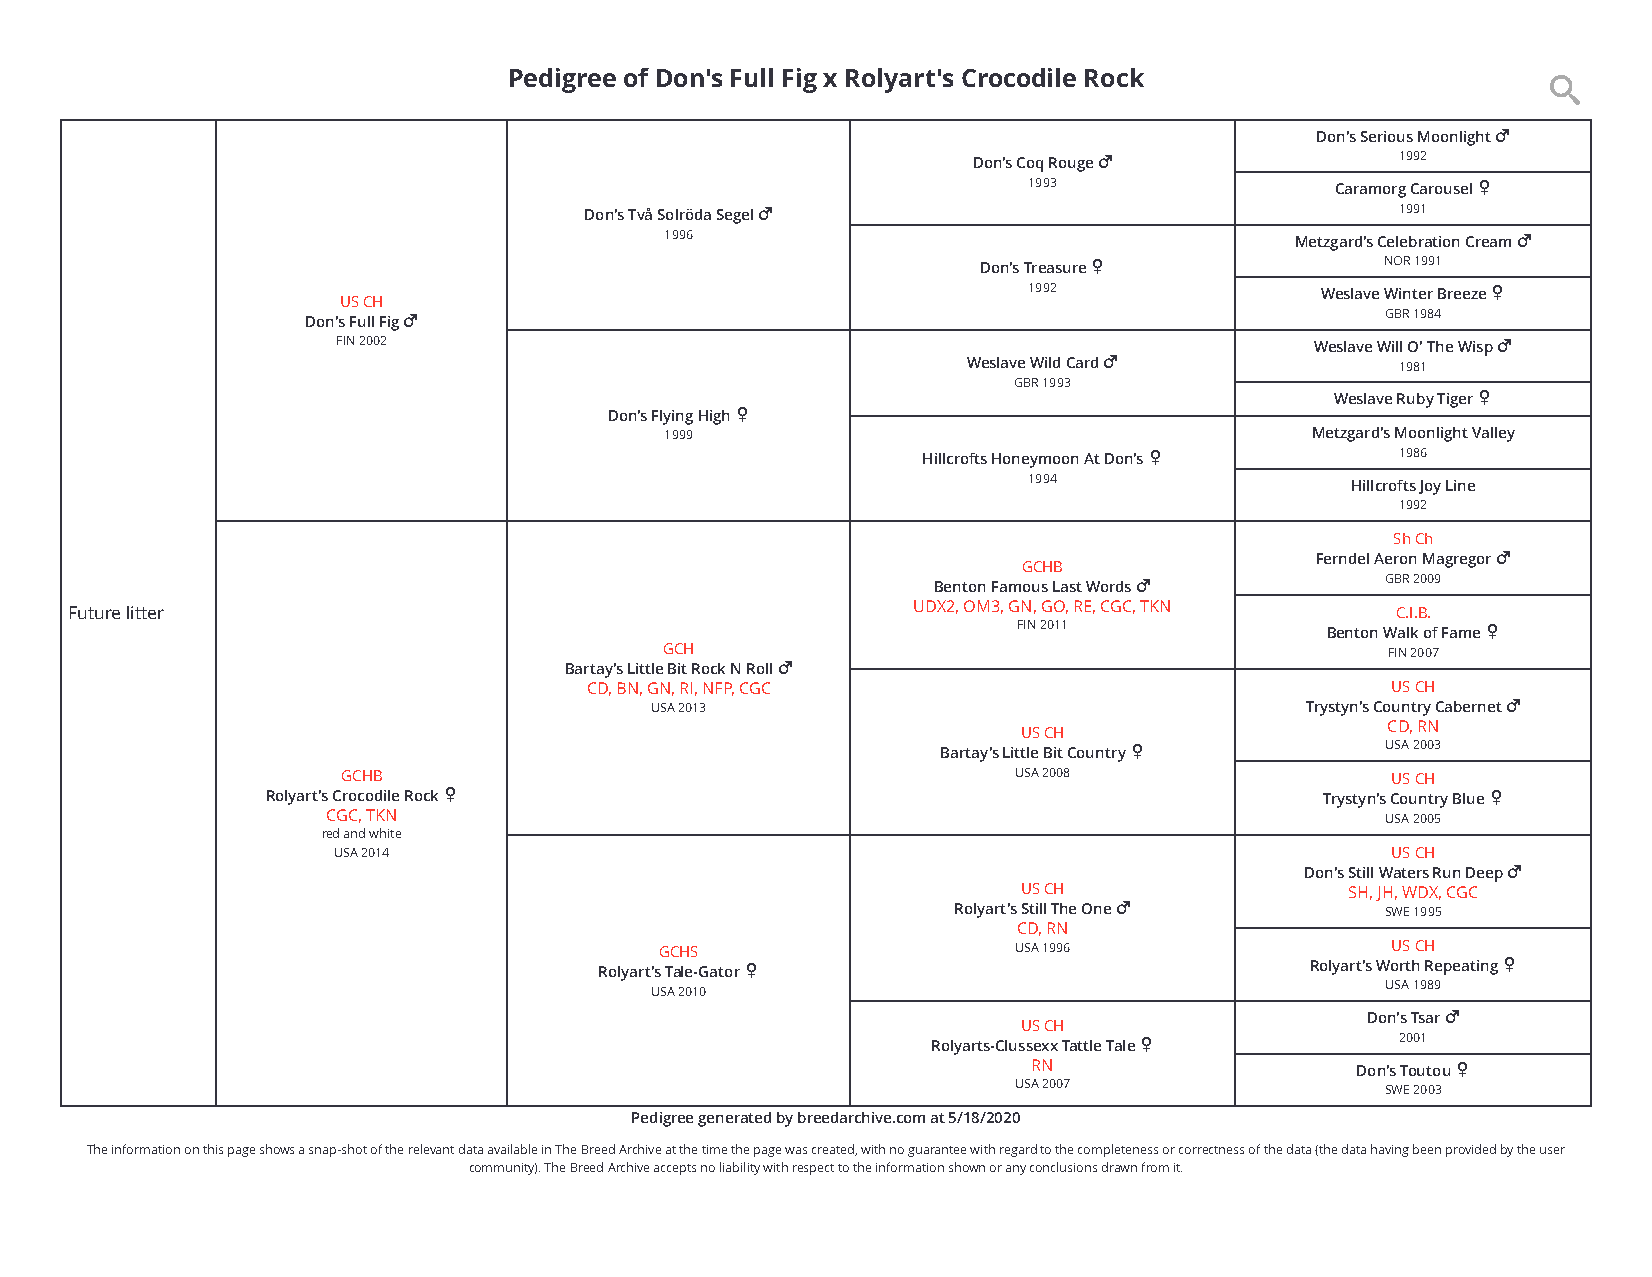
                       Pedigree of Don's Full Fig x Rolyart's Crocodile Rock                
 Don's Serious Moonlight 
 Don's Coq Rouge             1992
 1993                Caramorg Carousel 
 Don's Två Solröda Segel                              1991
 1996                                      Metzgard's Celebration Cream 
 Don's Treasure            NOR 1991
 1992               Weslave Winter Breeze 
 US CH
 Don's Full Fig                                                         GBR 1984
 FIN 2002                                                         Weslave Will O' The Wisp 
 Weslave Wild Card           1981
 GBR 1993
 Weslave Ruby Tiger 
 Don's Flying High 
 1999                                       Metzgard's Moonlight Valley
 Hillcrofts Honeymoon At Don's  1986
 1994                 Hillcrofts Joy Line
 1992
 Sh Ch
 Ferndel Aeron Magregor 
 GCHB
 Benton Famous Last Words     GBR 2009
 UDX2, OM3, GN, GO, RE, CGC, TKN
 Future litter                                                                           C.I.B.
 FIN 2011             Benton Walk of Fame 
 GCH                                             FIN 2007
 Bartay's Little Bit Rock N Roll 
 CD, BN, GN, RI, NFP, CGC                             US CH
 USA 2013                                   Trystyn's Country Cabernet 
 CD, RN
 US CH
 Bartay's Little Bit Country  USA 2003
 GCHB                                        USA 2008                 US CH
 Rolyart's Crocodile Rock                                             Trystyn's Country Blue 
 CGC, TKN                                                              USA 2005
 red and white
 USA 2014                                                              US CH
 Don's Still Waters Run Deep 
 US CH                SH, JH, WDX, CGC
 Rolyart's Still The One     SWE 1995
 CD, RN
 GCHS                   USA 1996                 US CH
 Rolyart's Tale-Gator                          Rolyart's Worth Repeating 
 USA 1989
 USA 2010
 Don's Tsar 
 US CH
 Rolyarts-Clussexx Tattle Tale  2001
 RN                    Don's Toutou 
 USA 2007
 SWE 2003
 Pedigree generated by breedarchive.com at 5/18/2020
 The information on this page shows a snap-shot of the relevant data available in The Breed Archive at the time the page was created, with no guarantee with regard to the completeness or correctness of the data (the data having been provided by the user
 community). The Breed Archive accepts no liability with respect to the information shown or any conclusions drawn from it.